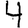
Digit: 4